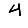
Digit: 4